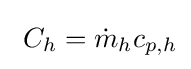
\ C_{h}={\dot {m}}_{h}c_{p,h}